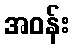
အဝန်း